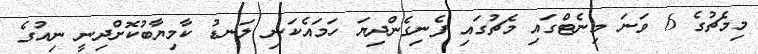
މިމެޗުގެ 6 ވަނަ މިނެޓްގައި މެޗުގައި ފެނިގެންދިޔަ ހަމައެކަނި ލަނޑު ކާމިޔާބުކޮށްދިނީ ނިއުގެ